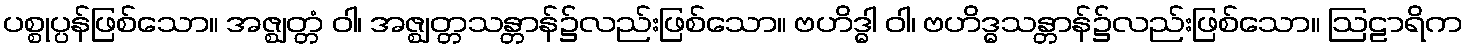
ပစ္စုပ္ပန်ဖြစ်သော။ အဇ္ဈတ္တံ ဝါ၊ အဇ္ဈတ္တသန္တာန်၌လည်းဖြစ်သော။ ဗဟိဒ္ဓါ ဝါ၊ ဗဟိဒ္ဓသန္တာန်၌လည်းဖြစ်သော။ ဩဠာရိက